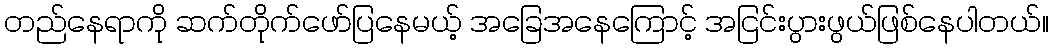
တည်နေရာကို ဆက်တိုက်ဖော်ပြနေမယ့် အခြေအနေကြောင့် အငြင်းပွားဖွယ်ဖြစ်နေပါတယ်။